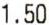
1.50